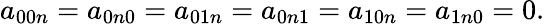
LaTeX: a_{00n}=a_{0n0}=a_{01n}=a_{0n1}=a_{10n}=a_{1n0}=0.